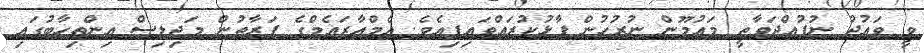
ވީ ވައުދު ނުފުއްދަވާތީ މައުމޫން ނުރުހުން ފާޅުކުރައްވައިފިއެވެ. އެމްއާރައެމްގެ ފަރާތުން މަޖިލިސް އިންތިހާބުގައި